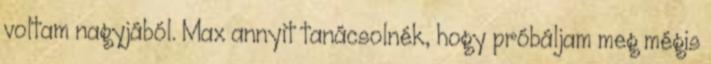
voltam nagyjából. Max annyit tanácsolnék, hogy próbáljam meg mégis